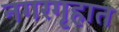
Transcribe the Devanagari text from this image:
नगरगृहात